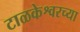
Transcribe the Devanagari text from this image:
टाळकेश्वरच्या